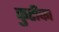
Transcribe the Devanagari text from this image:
कुटीका